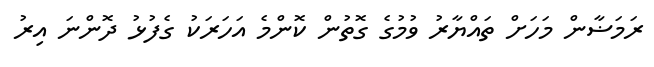
ރަމަޟާން މަހަށް ތައްޔާރު ވުމުގެ ގޮތުން ކޮންމެ އަހަރަކު ގެފުޅު ދޮންނަ އިރު